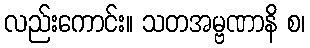
လည်းကောင်း။ သတအမ္ဗဏာနိ စ၊